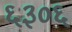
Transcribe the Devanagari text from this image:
६३०६